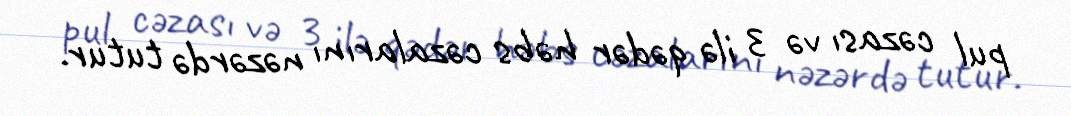
pul cəzası və 3 ilə qədər həbs cəzalarını nəzərdə tutur.